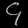
Digit: ၄